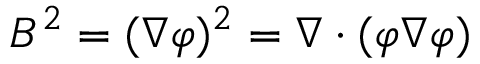
B ^ { 2 } = ( \nabla \varphi ) ^ { 2 } = \nabla \cdot ( \varphi \nabla \varphi )